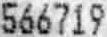
566719